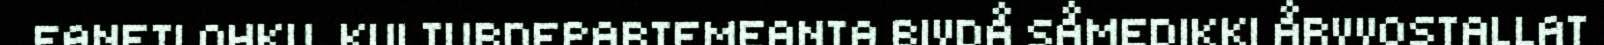
EANETLOHKU. KULTURDEPARTEMEANTA BIVDÅ SÅMEDIKKI ÅRVVOSTALLAT